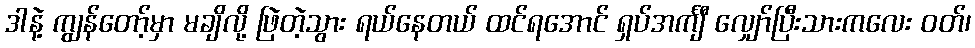
ဒါနဲ့ ကျွန်တော့်မှာ မချိလို့ ဖြဲတဲ့သွား ရယ်နေတယ် ထင်ရအောင် ရှပ်အင်္ကျီ လျှော်ပြီးသားကလေး ဝတ်၊